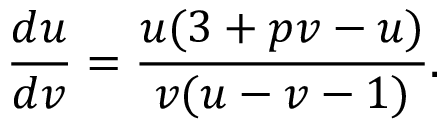
\frac { d u } { d v } = \frac { u ( 3 + p v - u ) } { v ( u - v - 1 ) } .